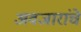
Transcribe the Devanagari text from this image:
अवजारांचे